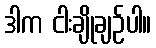
ဒါက ငါးချိုချဉ်ပါ။